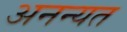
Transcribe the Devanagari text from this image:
अनन्यत